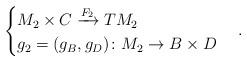
LaTeX: \begin{align*}\begin{cases}M_2\times C \xrightarrow{F_2} TM_2 \\g_2 = (g_B,g_D)\colon M_2 \to B\times D\end{cases}.\end{align*}